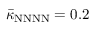
\bar { \kappa } _ { \mathrm { N N N N } } = 0 . 2